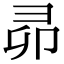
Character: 𭛍